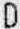
D